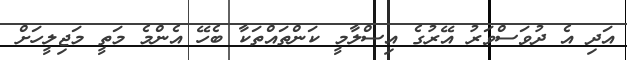
އަދި އެ ދުވަސްވަރު އޭރުގެ އިސްލާމީ ކަންތައްތަކާ ބެހޭ އެންމެ މަތީ މަޖިލީހަށް